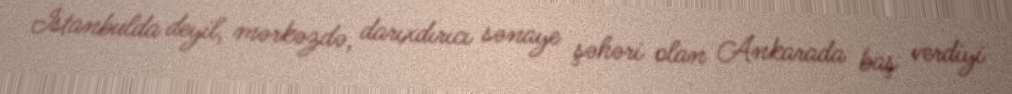
İstanbulda deyil, mərkəzdə, darıxdırıcı sənaye şəhəri olan Ankarada baş verdiyi